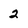
Character: 2